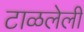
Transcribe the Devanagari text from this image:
टाळलेली